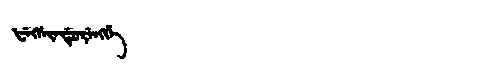
Manchu: ᡶᡝᡴᠰᡳᠨᡩᡠᡵᡝᠩᡤᡝ
Romanization: FEKSINDURENGGE